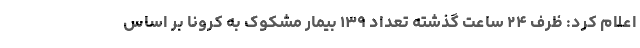
اعلام کرد: ظرف ۲۴ ساعت گذشته تعداد ۱۳۹ بیمار مشکوک به کرونا بر اساس